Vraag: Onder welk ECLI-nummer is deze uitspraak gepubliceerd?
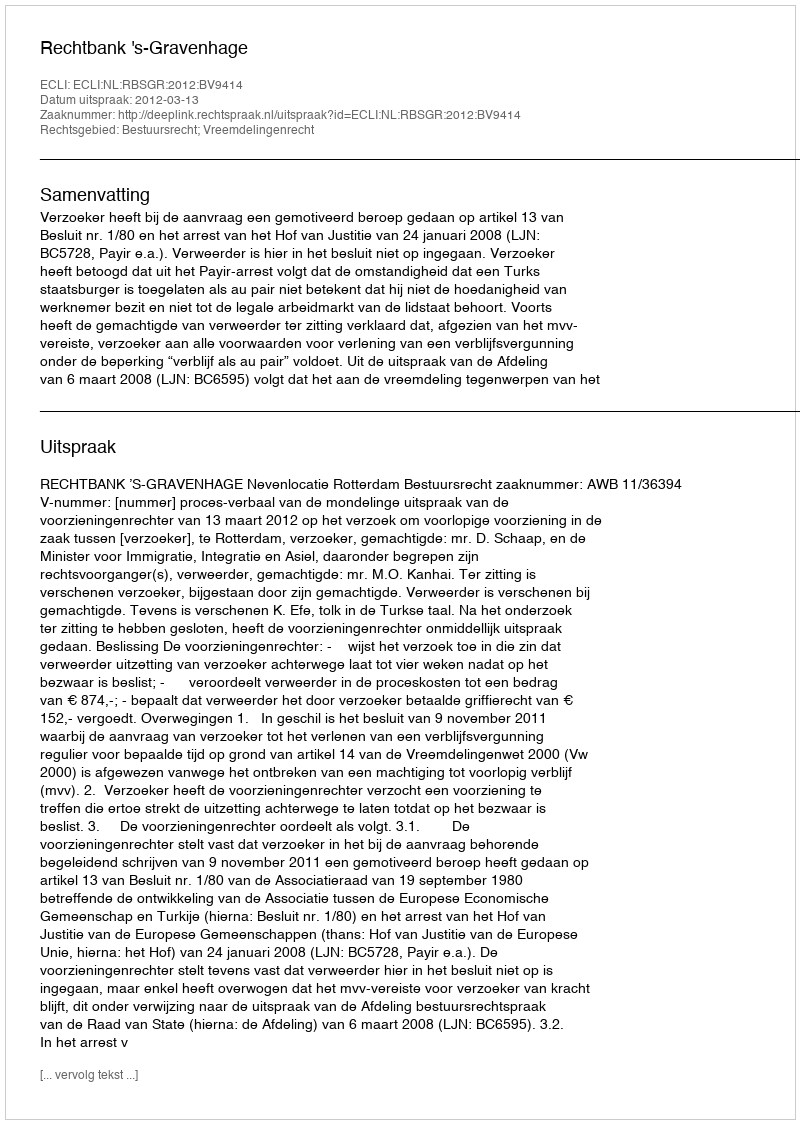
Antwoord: ECLI:NL:RBSGR:2012:BV9414